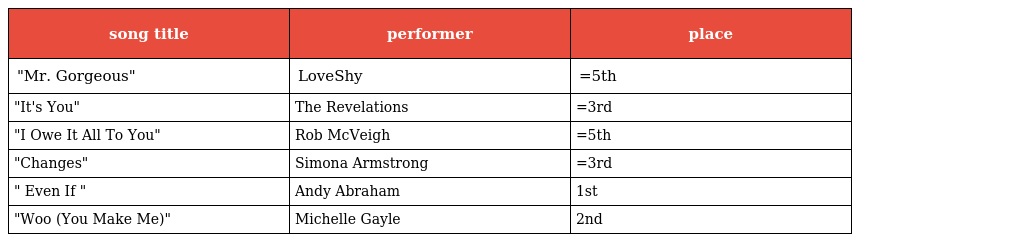
| song title | performer | place |
 | --- | --- | --- |
 | "Mr. Gorgeous" | LoveShy | =5th |
 | "It's You" | The Revelations | =3rd |
 | "I Owe It All To You" | Rob McVeigh | =5th |
 | "Changes" | Simona Armstrong | =3rd |
 | " Even If " | Andy Abraham | 1st |
 | "Woo (You Make Me)" | Michelle Gayle | 2nd |